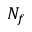
N _ { f }